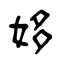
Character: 姼